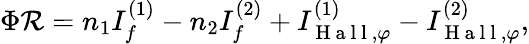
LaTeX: \Phi\mathcal{R}=n_{1}I_{f}^{(1)}-n_{2}I_{f}^{(2)}+I_{\mathrm{~H~a~l~l~},\varphi}^{(1)}-I_{\mathrm{~H~a~l~l~},\varphi}^{(2)},